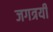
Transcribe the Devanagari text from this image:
जगत्रयी